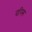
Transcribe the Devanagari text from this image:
वपिस